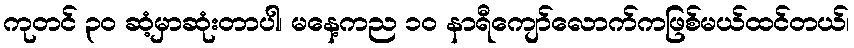
ကုတင် ၃၀ ဆံ့မှာဆုံးတာပါ၊ မနေ့ကည ၁၀ နာရီကျော်လောက်ကဖြစ်မယ်ထင်တယ်၊